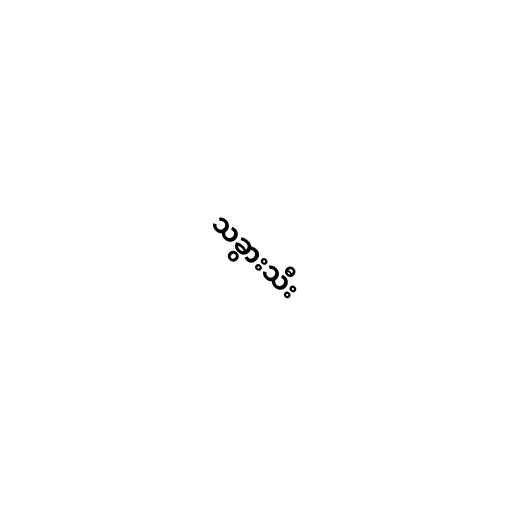
သခွားသီး